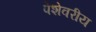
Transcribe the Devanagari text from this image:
पेशेवरीय